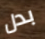
بدل